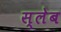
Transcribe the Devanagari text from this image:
स्लेब